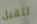
لتقبل